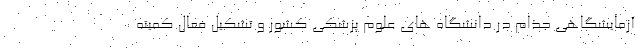
آزمایشگاهی جذام در دانشگاه های علوم پزشکی کشور و تشکیل فعال کمیته